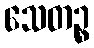
သေတဉ္စ